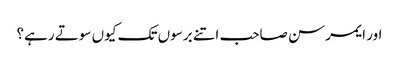
اور ایمرسن صاحب اتنے برسوں تک کیوں سوتے رہے؟